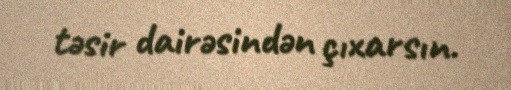
təsir dairəsindən çıxarsın.